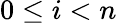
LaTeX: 0\leq i<n